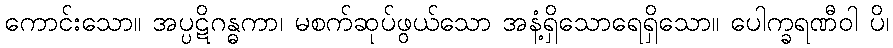
ကောင်းသော။ အပ္ပဋိဂန္ဓကာ၊ မစက်ဆုပ်ဖွယ်သော အနံ့ရှိသောရေရှိသော။ ပေါက္ခရဏီဝါ ပိ၊